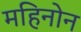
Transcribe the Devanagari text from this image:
महिनोन